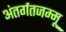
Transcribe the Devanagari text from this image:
अंतर्गतजम्मू